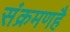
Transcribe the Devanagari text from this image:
संक्रमणहै